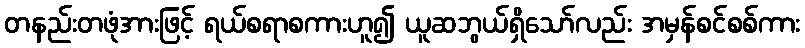
တနည်းတဖုံအားဖြင့် ရယ်စရာစကားဟူ၍ ယူဆဘွယ်ရှိသော်လည်း အမှန်စင်စစ်ကား